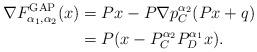
LaTeX: \begin{align*}\nabla F_{\alpha_1,\alpha_2}^{\rm{GAP}}(x)&= Px-P\nabla p_C^{\alpha_2}(Px+q)\\&=P(x-P_C^{\alpha_2}P_D^{\alpha_1}x).\end{align*}